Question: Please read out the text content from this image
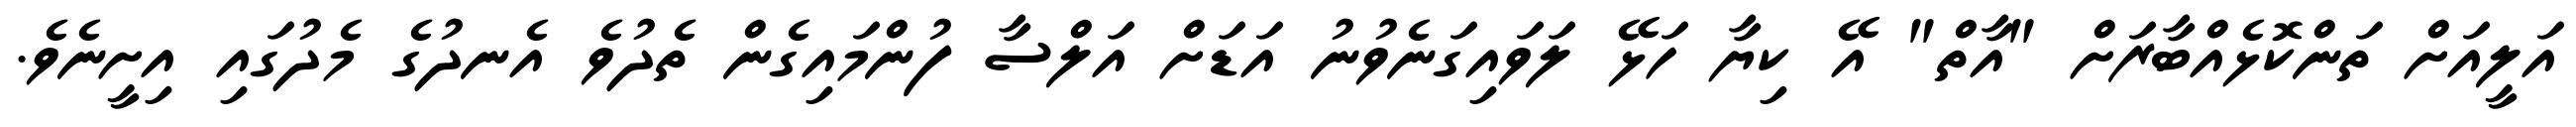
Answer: އަލީއަށް ތަންކޮޅެއްބާރަށް "އާތް" އޭ ކިޔާ ހަޅޭ ލަވައިގަނެވުނު އަޑަށް އަލްސާ ފުންމައިގެން ތެދުވެ އެނދުގެ މެދުގައި އިށީނެވެ.